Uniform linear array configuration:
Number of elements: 4
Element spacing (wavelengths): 0.75
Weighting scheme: hann
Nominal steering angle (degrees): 30
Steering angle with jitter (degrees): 31.025
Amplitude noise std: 0.05
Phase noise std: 0.05

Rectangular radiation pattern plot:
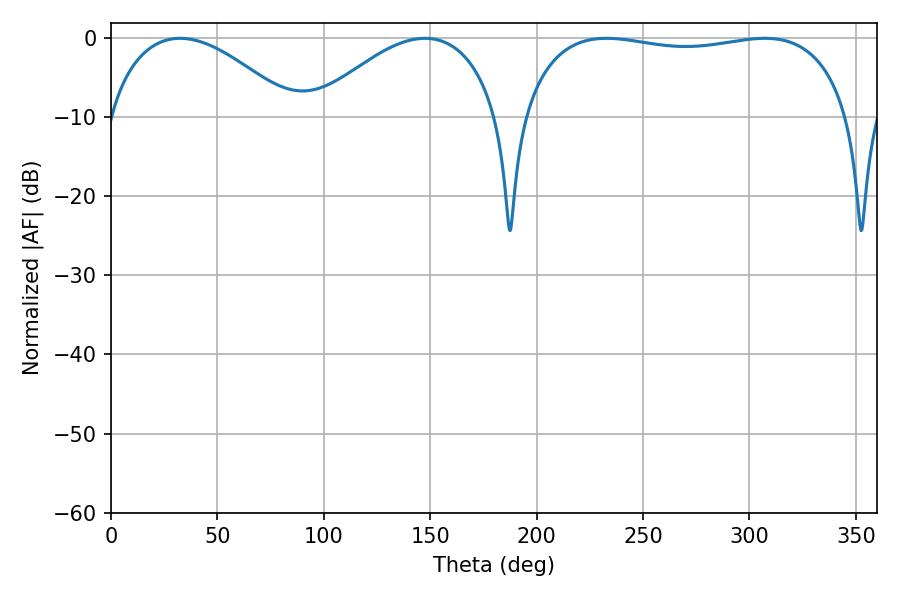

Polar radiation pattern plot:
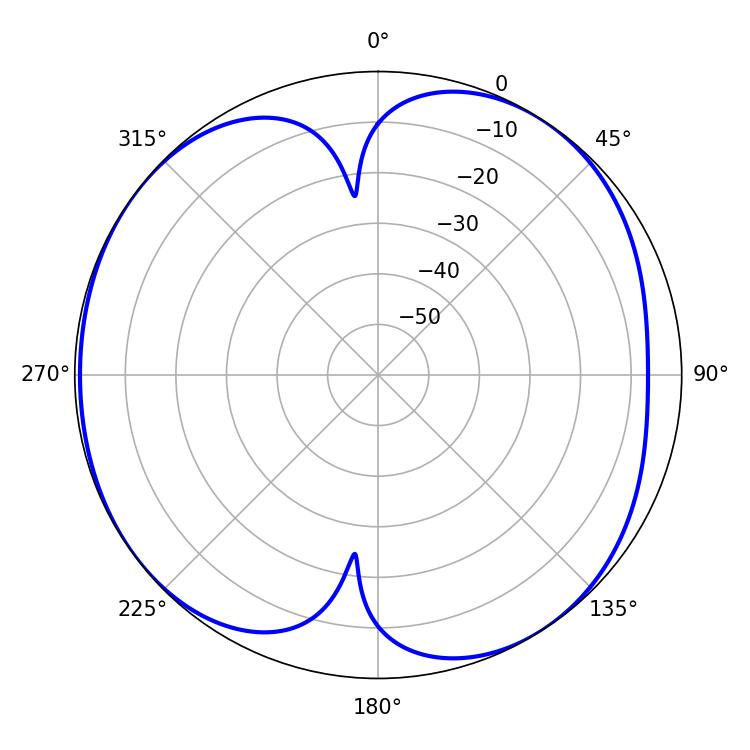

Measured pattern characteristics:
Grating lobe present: TRUE
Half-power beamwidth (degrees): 124.92
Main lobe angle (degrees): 232.74